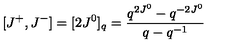
[ J ^ { + } , J ^ { - } ] = [ 2 J ^ { 0 } ] _ { q } = \frac { q ^ { 2 J ^ { 0 } } - q ^ { - 2 J ^ { 0 } } } { q - q ^ { - 1 } }